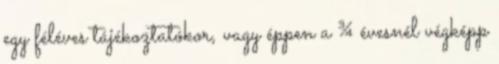
egy féléves tájékoztatókor, vagy éppen a ¾ évesnél végképp